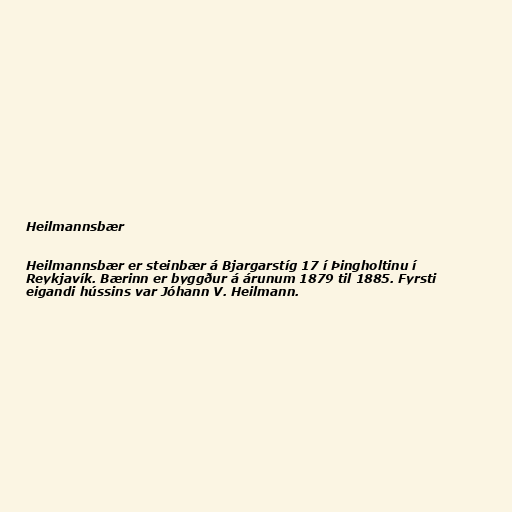
Heilmannsbær

Heilmannsbær er steinbær á Bjargarstíg 17 í Þingholtinu í
Reykjavík. Bærinn er byggður á árunum 1879 til 1885. Fyrsti
eigandi hússins var Jóhann V. Heilmann.